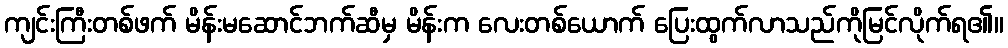
ကျင်းကြီးတစ်ဖက် မိန်းမဆောင်ဘက်ဆီမှ မိန်းက လေးတစ်ယောက် ပြေးထွက်လာသည်ကိုမြင်လိုက်ရ၏။